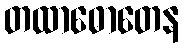
တထာဓောတေန